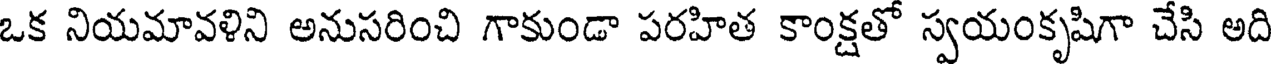
ఒక నియమావళిని అనుసరించి గాకుండా పరహిత కాంక్షతో స్వయంకృషిగా చేసి అది